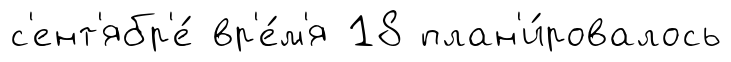
с'ент'ябр'е́ вр'е́м'я 18 план'и́ровалось